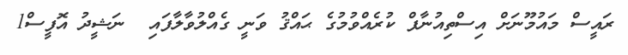
ރައީސް މައުމޫނަށް އިސްތިއުނާފް ކުރެއްވުމުގެ ޙައްޤު ވަނީ ގެއްލުވާލާފައި  ނަޝީދު އޮފީސް1